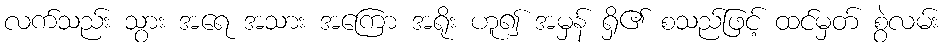
လက်သည်း သွား အရေ အသား အကြော အရိုး ဟူ၍ အမှန် ရှိ၏ စသည်ဖြင့် ထင်မှတ် စွဲလမ်း